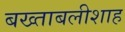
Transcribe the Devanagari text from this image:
बख्ताबलीशाह